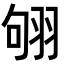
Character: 𦐛